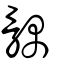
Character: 髃